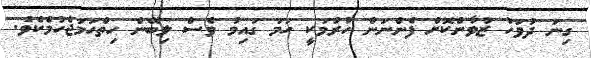
ގިނަ ދުވަހު ޒުވާންކޮށް ފެންނަން ހުރުމަކީ ހަމަ ގައިމު ވެސް ލިބޭނެ ހިތްހަމަޖެހުމެކެވެ.